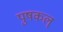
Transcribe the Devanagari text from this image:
पुषकल्